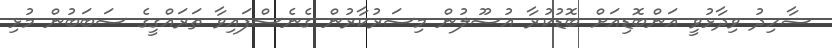
ޝާހިދު ވިދާޅުވީ އަންބޮޑިއަށް ބޮޑުކުރާ އުސޫލުން މިސަރުކާރުން ގެނެސްފައިވާ ތަރައްގީގެ ސަބަބުން މުޅި